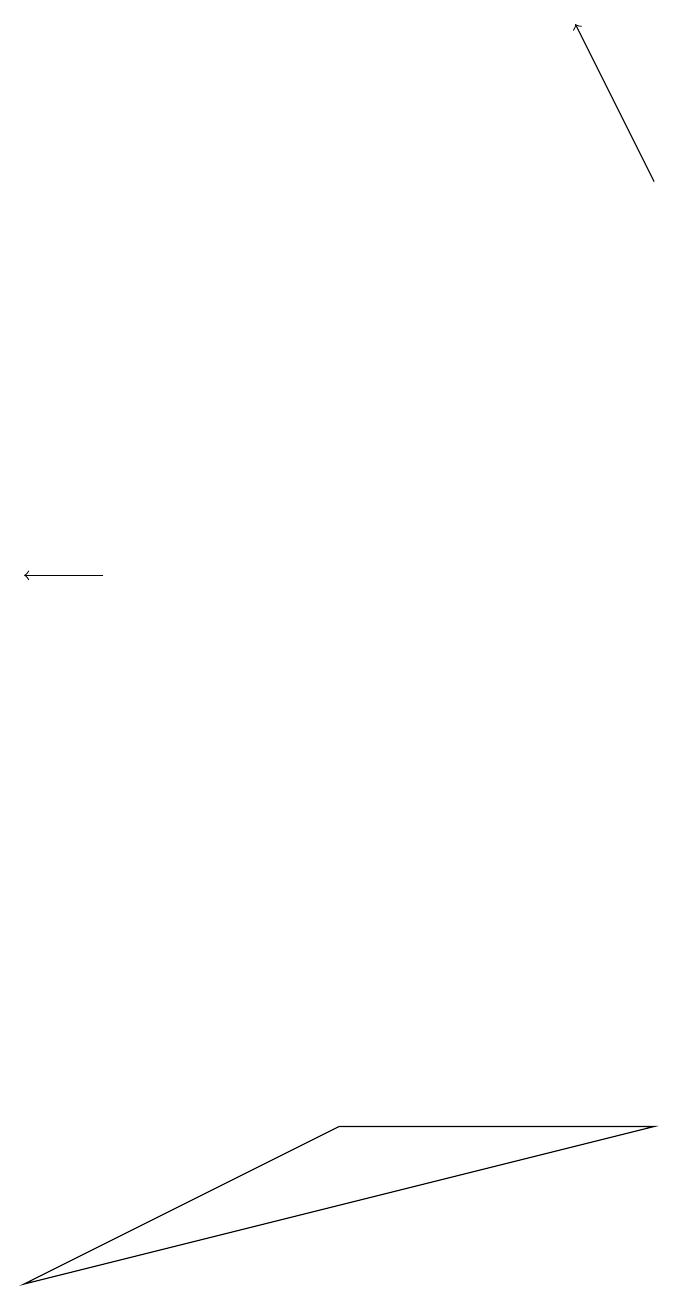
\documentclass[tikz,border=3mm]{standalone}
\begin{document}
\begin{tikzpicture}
\draw[->] (1,11) -- (0,11);
\draw[->] (8,16) -- (7,18);
\draw (4,4) -- (8,4) -- (0,2) -- cycle;
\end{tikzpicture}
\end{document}